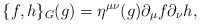
\begin{align*}\{ f,h\}_{G}(g)=\eta^{\mu\nu}(g)\partial_\mu f\partial_\nu h,\end{align*}